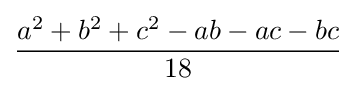
{\frac {a^{2}+b^{2}+c^{2}-ab-ac-bc}{18}}